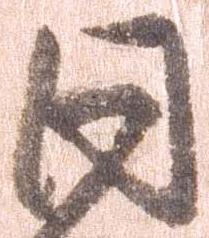
同